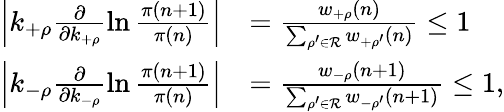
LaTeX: \begin{array}{rl}{\left|k_{+\rho}\frac{\partial}{\partial k_{+\rho}}\ln\frac{\pi(n+1)}{\pi(n)}\right|}&{=\frac{w_{+\rho}(n)}{\sum_{\rho^{\prime}\in\mathcal{R}}w_{+\rho^{\prime}}(n)}\le 1}\\ {\left|k_{-\rho}\frac{\partial}{\partial k_{-\rho}}\ln\frac{\pi(n+1)}{\pi(n)}\right|}&{=\frac{w_{-\rho}(n+1)}{\sum_{\rho^{\prime}\in\mathcal{R}}w_{-\rho^{\prime}}(n+1)}\le 1,}\end{array}